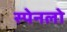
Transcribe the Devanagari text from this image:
स्पेनलो